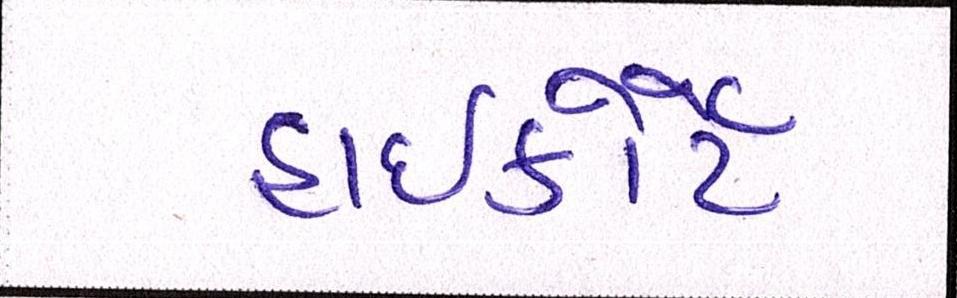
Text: હાઈકોર્ટે